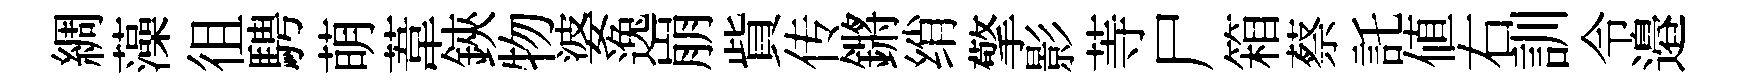
綢藻徂騁萌葦鋏物婆逸崩貲传鏘绡擎影䓁尸箱蔡託値右訓令邉